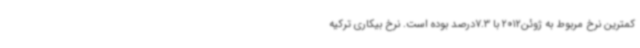
کمترین نرخ مربوط به ژوئن2012 با 7.3درصد بوده است. نرخ بیکاری ترکیه